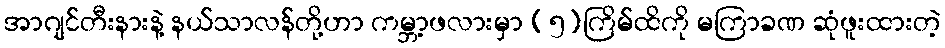
အာဂျင်တီးနားနဲ့ နယ်သာလန်တို့ဟာ ကမ္ဘာ့ဖလားမှာ (၅)ကြိမ်ထိကို မကြာခဏ ဆုံဖူးထားတဲ့